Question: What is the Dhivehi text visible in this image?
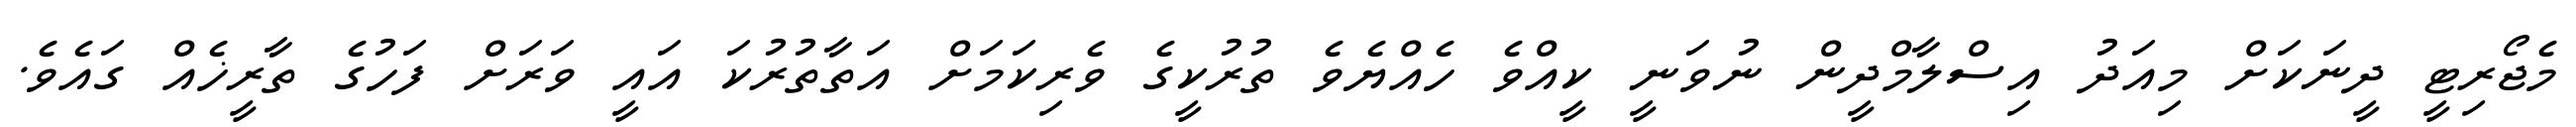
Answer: މެޖޯރިޓީ ދީނަކަށް މިއަދު އިސްލާމްދީން ނުވަނީ ކީއްވެ ހެއްޔެވެ ތުރުކީގެ ވެރިކަމަށް އަތާތުރުކަ އައީ ވަރަށް ފަހުގެ ތާރީޚެއް ގައެވެ.